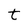
Character: t